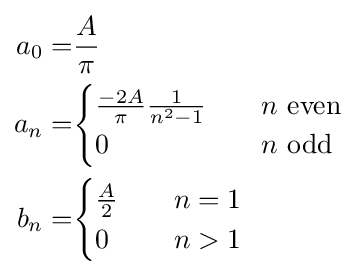
{\begin{aligned}a_{0}=&{\frac {A}{\pi }}\\a_{n}=&{\begin{cases}{\frac {-2A}{\pi }}{\frac {1}{n^{2}-1}}&\quad n{\text{ even}}\\0&\quad n{\text{ odd}}\end{cases}}\\b_{n}=&{\begin{cases}{\frac {A}{2}}&\quad n=1\\0&\quad n>1\end{cases}}\\\end{aligned}}